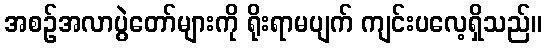
အစဉ်အလာပွဲတော်များကို ရိုးရာမပျက် ကျင်းပလေ့ရှိသည်။